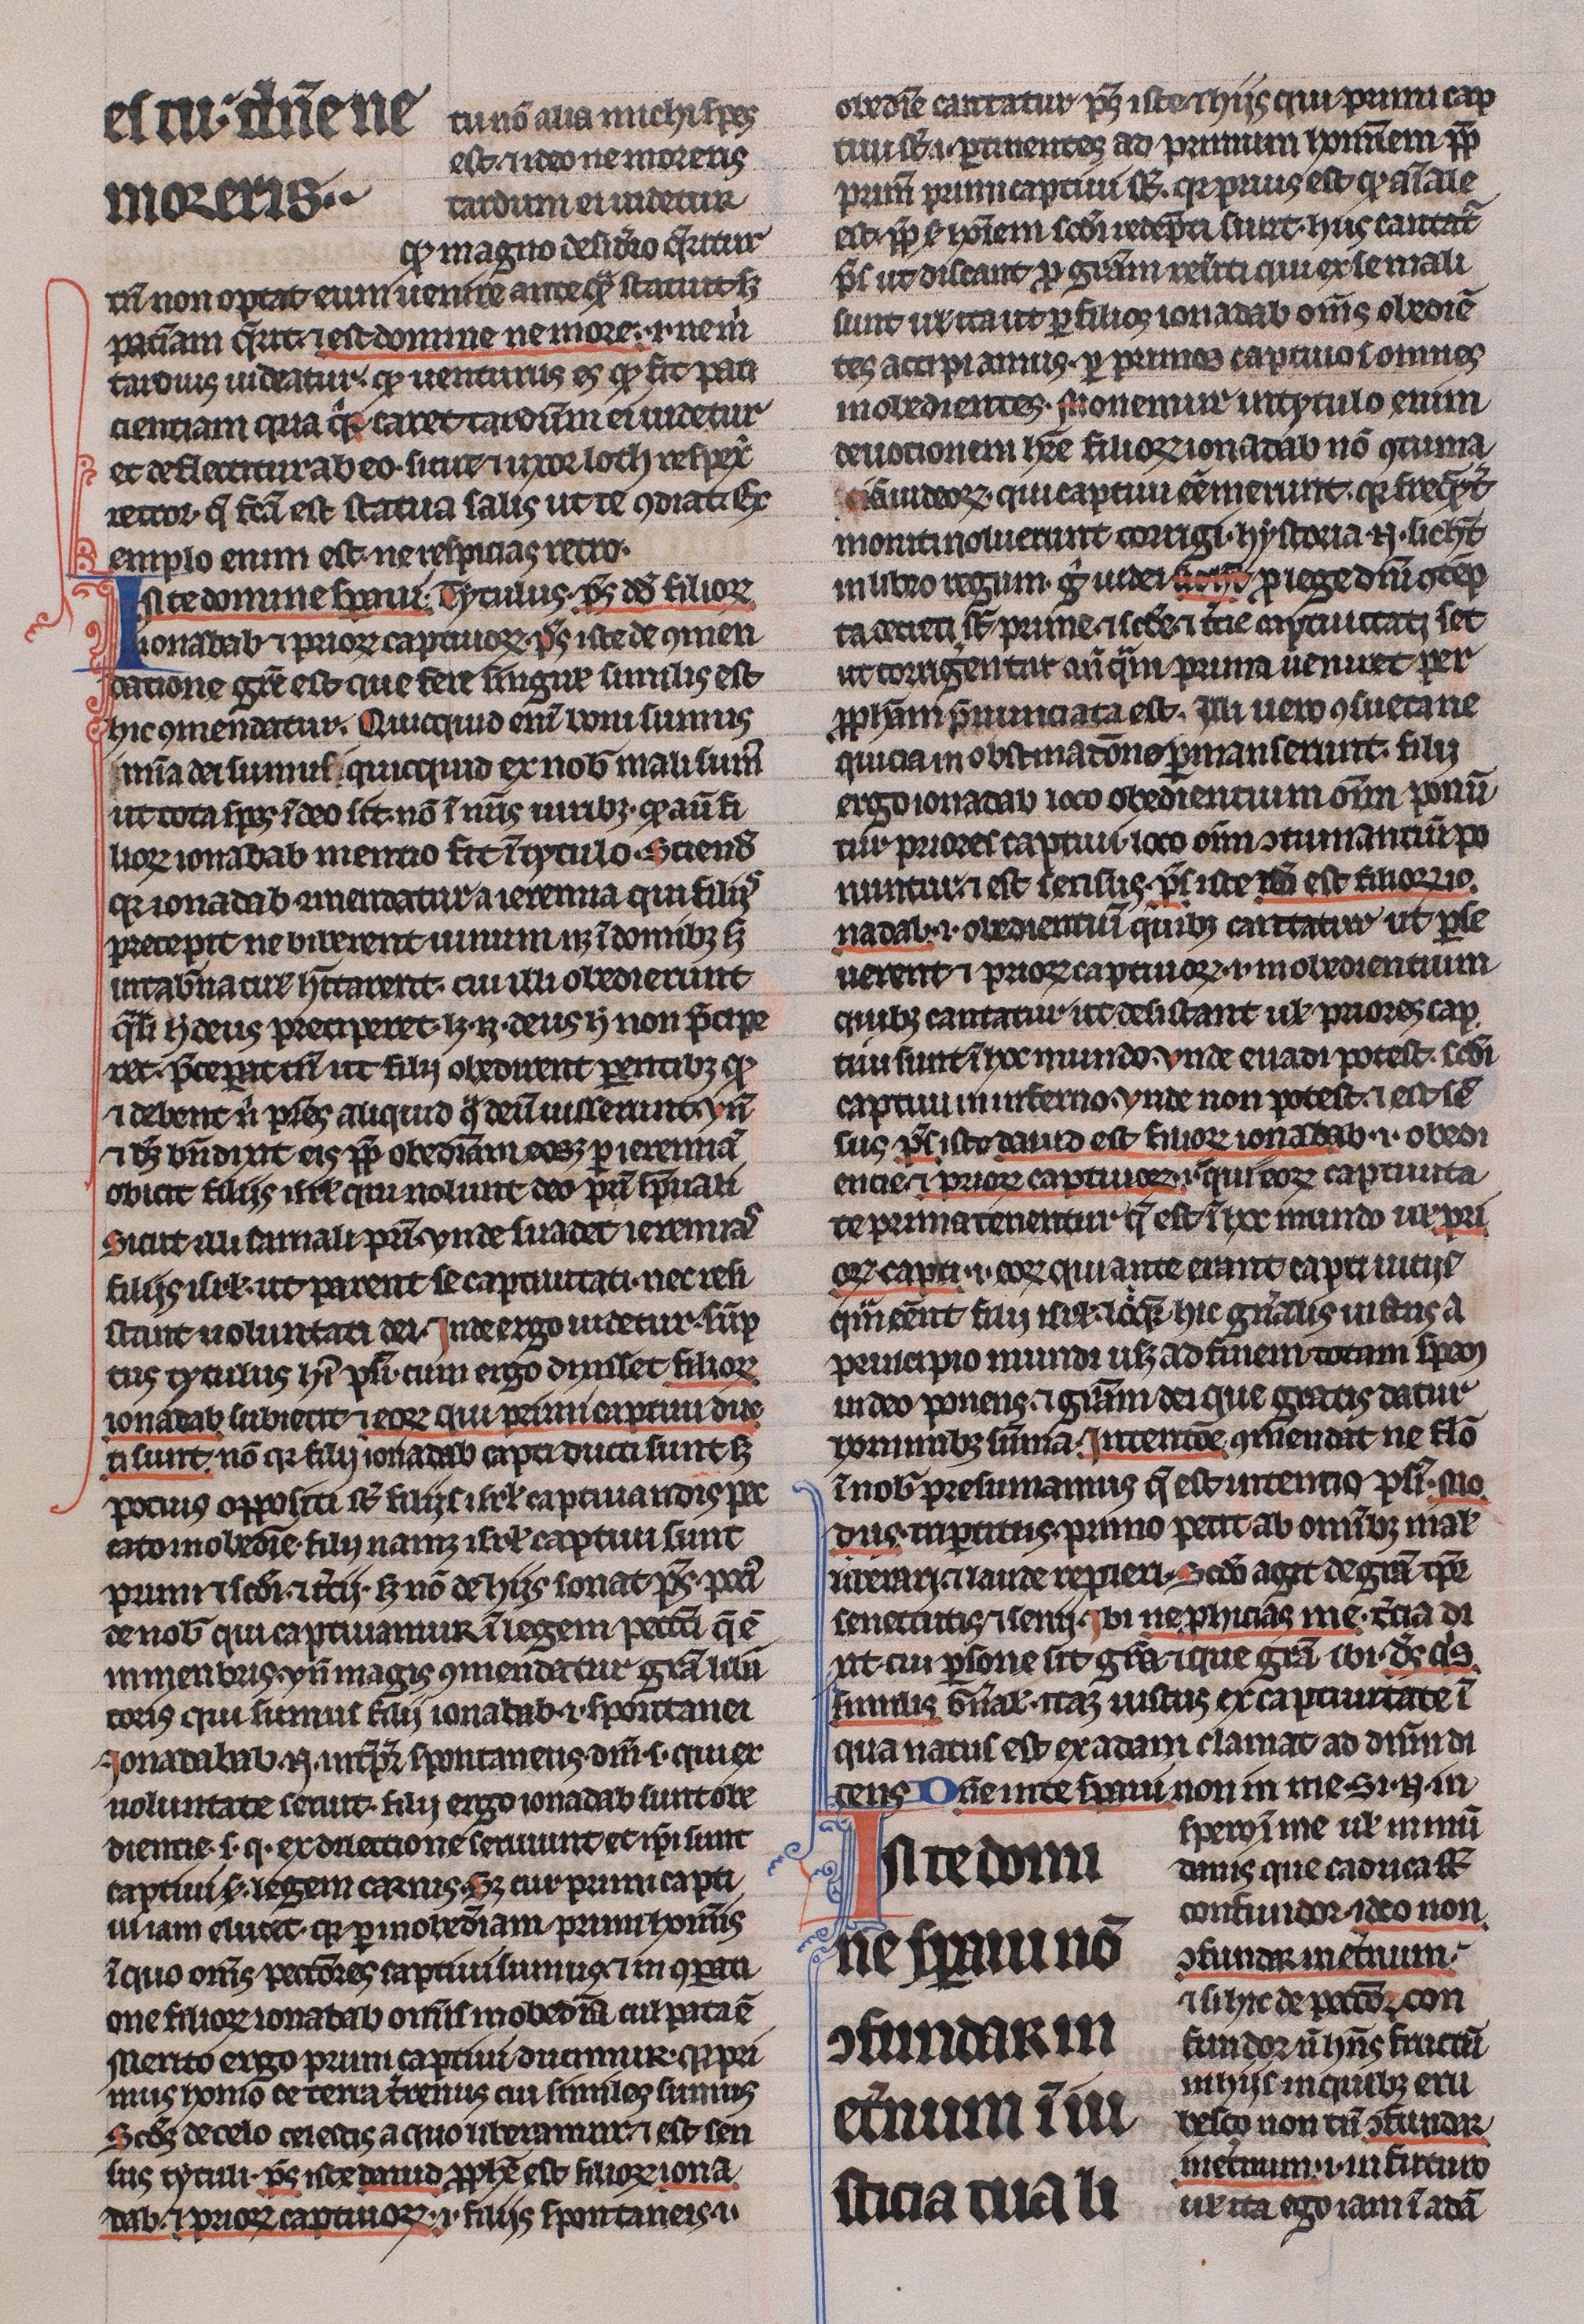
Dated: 1225–1250